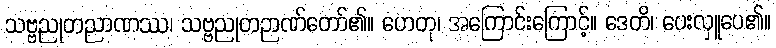
သဗ္ဗညုတညာဏဿ၊ သဗ္ဗညုတဉာဏ်တော်၏။ ဟေတု၊ အကြောင်းကြောင့်။ ဒေတိ၊ ပေးလှူပေ၏။